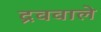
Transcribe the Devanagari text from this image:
द्रववाले